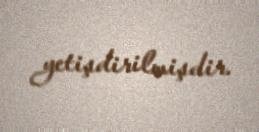
yetişdirilmişdir.